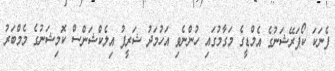
ފެނަކަ ކޯޕަރޭޝަނުގެ އެމްޑީގެ މަގާމުގައި ހުންނެވި އަހުމަދު ޝަރީފު އިލެކްޝަންސް ކޮމިޝަނުގެ މެމްބަރު